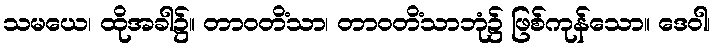
သမယေ၊ ထိုအခါ၌။ တာဝတိံသာ၊ တာဝတိံသာဘုံ၌ ဖြစ်ကုန်သော။ ဒေဝါ၊